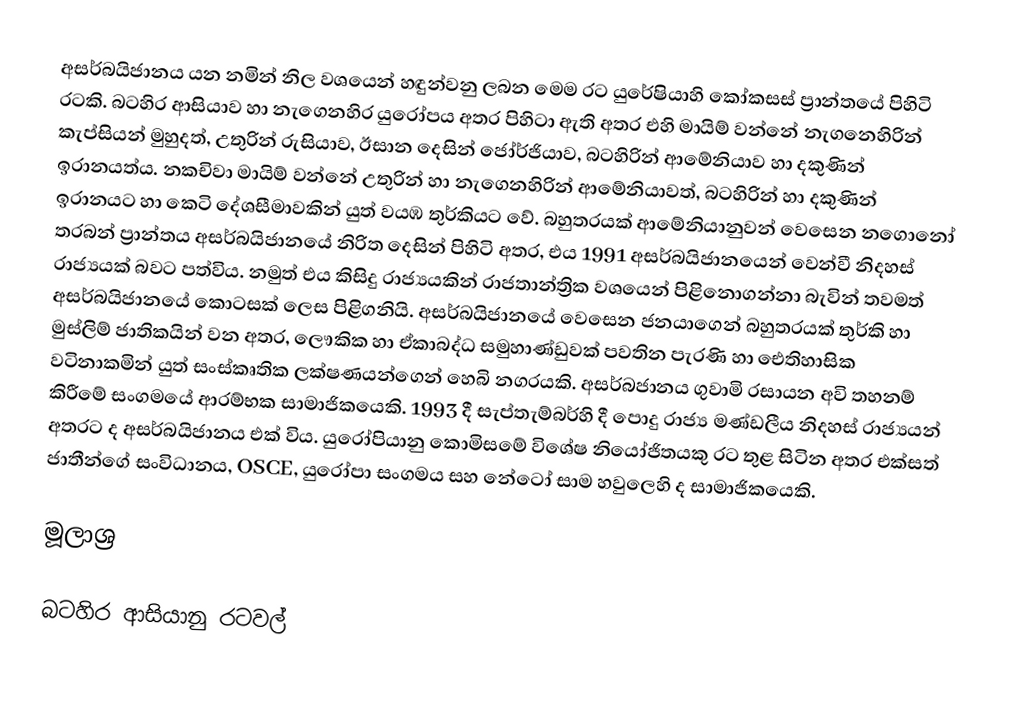
අසර්බයිජානය යන නමින් නිල වශයෙන් හඳුන්වනු ලබන මෙම රට යුරේෂියාහි කෝකසස් ප්‍රාන්තයේ පිහිටි රටකි. බටහිර ආසියාව හා නැගෙනහිර යුරෝපය අතර පිහිටා ඇති අතර  එහි මායිම් වන්නේ නැගනෙහිරින් කැප්සියන් මුහුදත්, උතුරින් රුසියාව, ඊසාන දෙසින් ජෝර්ජියාව, බටහිරින් ආමේනියාව හා දකුණින් ඉරානයත්ය. නකචිවා මායිම් වන්නේ උතුරින් හා නැගෙනහිරින් ආමේනියාවත්, බටහිරින් හා දකුණින් ඉරානයට හා කෙටි දේශසීමාවකින් යුත් වයඹ තුර්කියට වේ. බහුතරයක් ආමේනියානුවන් වෙසෙන නගොනෝ තරබන් ප්‍රාන්තය අසර්බයිජානයේ නිරිත දෙසින් පිහිටි අතර, එය 1991 අසර්බයිජානයෙන් වෙන්වී නිදහස් රාජ්‍යයක් බවට පත්විය. නමුත් එය කිසිදු රාජ්‍යයකින් රාජතාන්ත්‍රික වශයෙන් පිළිනොගන්නා බැවින් තවමත් අසර්බයිජානයේ කොටසක් ලෙස පිළිගනියි. අසර්බයිජානයේ වෙසෙන ජනයාගෙන් බහුතරයක් තුර්කි හා මුස්ලිම් ජාතිකයින් වන අතර, ලෞකික හා ඒකාබද්ධ සමුහාණ්ඩුවක් පවතින පැරණි හා ඓතිහාසික වටිනාකමින් යුත් සංස්කෘතික ලක්ෂණයන්ගෙන් හෙබි නගරයකි. අසර්බජානය ගුවාමි රසායන අවි තහනම් කිරීමේ සංගමයේ ආරම්භක සාමාජිකයෙකි. 1993 දී සැප්තැම්බර්හි දී පොදු රාජ්‍ය මණ්ඩලීය නිදහස් රාජ්‍යයන් අතරට ද අසර්බයිජානය එක් විය. යුරෝපියානු කොමිසමේ විශේෂ නියෝජිතයකු රට තුළ සිටින අතර එක්සත් ජාතීන්ගේ සංවිධානය, OSCE, යුරෝපා සංගමය සහ නේටෝ සාම හවුලෙහි ද සාමාජිකයෙකි.

මූලාශ්‍ර

බටහිර ආසියානු රටවල්